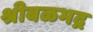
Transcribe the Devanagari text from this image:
श्रीबळभद्र